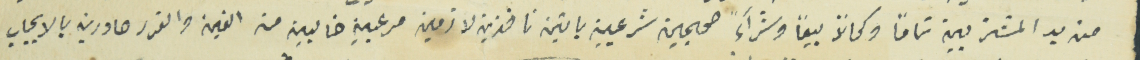
من يد المشتريين تماماً وكمالاً بيعاً وشرآءً صحيحين شرعيين باتين نافذين لازمين مرعيين من الغبن والغرر صادرين بالايجاب